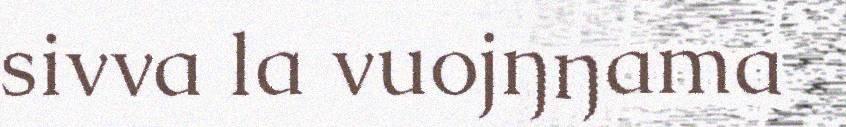
sivva la vuojŋŋama